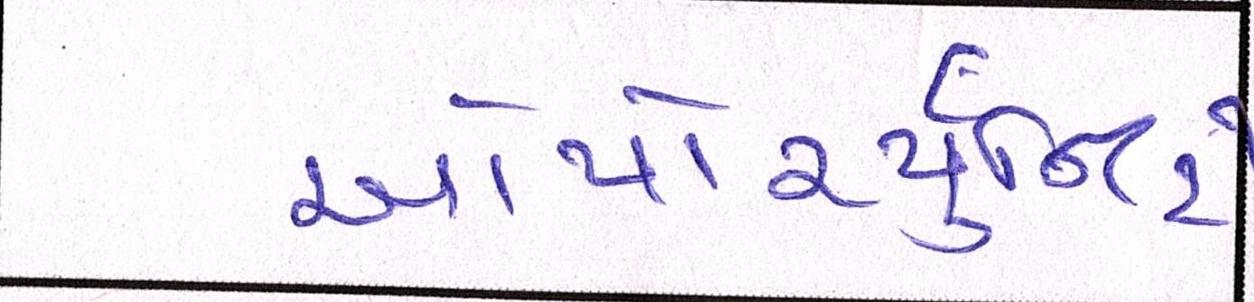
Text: ઓપોર્ચ્યુનિટી